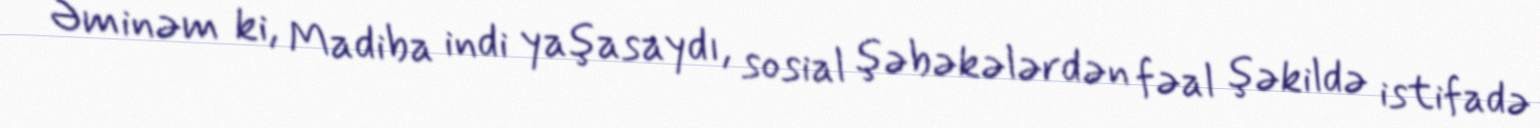
Əminəm ki, Madiba indi yaşasaydı, sosial şəbəkələrdən fəal şəkildə istifadə